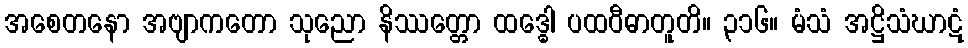
အစေတနော အဗျာကတော သုညော နိဿတ္တော ထဒ္ဓေါ ပထဝီဓာတူတိ။ ၃၁၆။ မံသံ အဋ္ဌိသံဃာဋံ